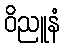
ဝိညူနံ